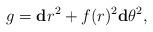
LaTeX: \begin{align*}g = \mathbf{d}r^2 + f(r)^2 \mathbf{d}\theta^2,\end{align*}